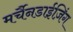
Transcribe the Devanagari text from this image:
मर्चैनडाईज़िंग